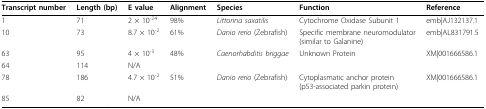
<table><thead><tr><td><b>Transcript number</b></td><td><b>Length (bp)</b></td><td><b>E value</b></td><td><b>Alignment</b></td><td><b>Species</b></td><td><b>Function</b></td><td><b>Reference</b></td></tr></thead><tbody><tr><td>1</td><td>71</td><td>2 × 10<sup>-24</sup></td><td>98%</td><td><i>Littorina saxatilis</i></td><td>Cytochrome Oxidase Subunit 1</td><td>emb|AJ132137.1</td></tr><tr><td>10</td><td>73</td><td>8.7 × 10<sup>-2</sup></td><td>61%</td><td><i>Danio rerio </i>(Zebrafish)</td><td>Specific membrane neuromodulator(similar to Galanine)</td><td>emb|AL831791.5</td></tr><tr><td>63</td><td>95</td><td>4 × 10<sup>-3</sup></td><td>48%</td><td><i>Caenorhabditis briggae</i></td><td>Unknown Protein</td><td>XM|001666586.1</td></tr><tr><td>64</td><td>114</td><td>N/A</td><td></td><td></td><td></td><td></td></tr><tr><td>78</td><td>186</td><td>4.7 × 10<sup>-2</sup></td><td>51%</td><td><i>Danio rerio </i>(Zebrafish)</td><td>Cytoplasmatic anchor protein(p53-associated parkin protein)</td><td>XM|001666586.1</td></tr><tr><td>85</td><td>82</td><td>N/A</td><td></td><td></td><td></td><td></td></tr></tbody></table>